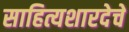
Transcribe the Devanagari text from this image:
साहित्यशारदेचे